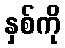
နှစ်ကို